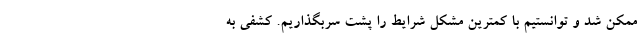
ممکن شد و توانستیم با کمترین مشکل شرایط را پشت سربگذاریم. کشفی به